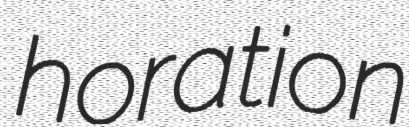
horation